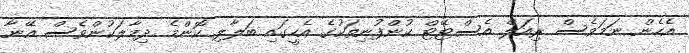
އެހެން ނަމަވެސް ރިއަލް އެސްޓޭޓް ކުންފުނިތަކުގެ އެހީގައި ބަލާލި ކޮންމެ ދިމާލަކުންވެސް އޭނާ